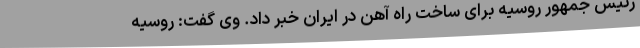
رئیس جمهور روسیه برای ساخت راه آهن در ایران خبر داد. وی گفت: روسیه